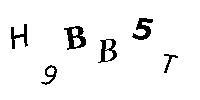
H9BB5T